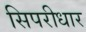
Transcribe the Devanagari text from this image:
सिपरीधार